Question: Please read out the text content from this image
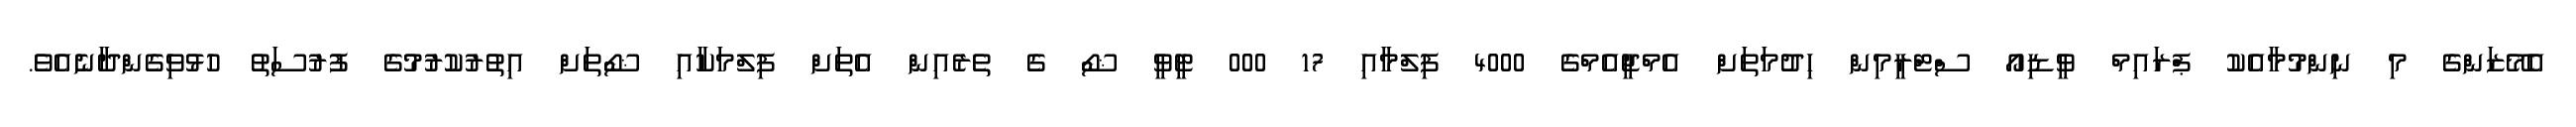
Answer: އެމޭޒަންގެ މި ނިންމުމާއެކު ޕްރައިމް ވީޑިއޯ ސްޓްރީމިން ހިދުމަތަށް އެމްޖީއެމްގެ 4000 ފިލްމާއި 17 000 ޓީވީ ޝޯ ގެ ތެރެއިން އެތަށް ފިލްމަކާއި ޝޯތަށް އިތުރުކުރުމުގެ ފުރުސަތު ހުޅުވިގެންދާނެއެވެ.